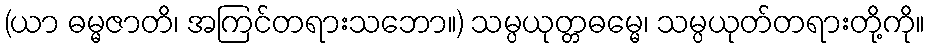
(ယာ ဓမ္မဇာတိ၊ အကြင်တရားသဘော။) သမ္ပယုတ္တဓမ္မေ၊ သမ္ပယုတ်တရားတို့ကို။